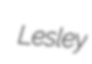
Lesley